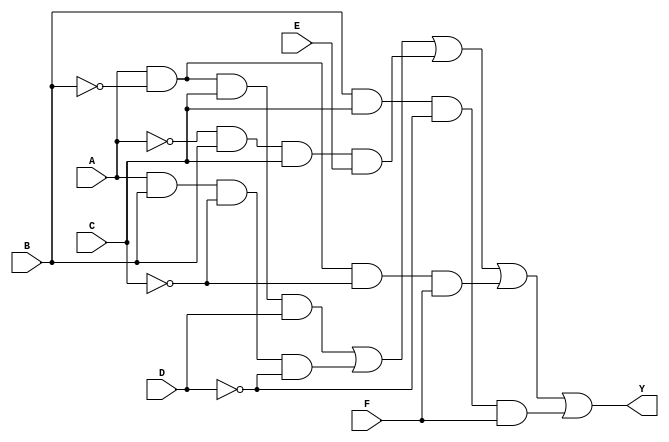
module six_variable_kmap (
    input wire A,     // Variable A
    input wire B,     // Variable B
    input wire C,     // Variable C
    input wire D,     // Variable D
    input wire E,     // Variable E
    input wire F,     // Variable F
    output wire Y     // Output Y representing the minimized function
);

// Example output logic based on K-map simplification
// This is just an example; replace with your actual logic derived from the K-map
assign Y = (A & ~B & C & D) |   // Group 1
           (A & B & ~C & ~D) |  // Group 2
           (~A & B & C & E) |   // Group 3
           (A & ~B & ~C & F) |  // Group 4
           (B & C & ~D & F);     // Group 5

endmodule